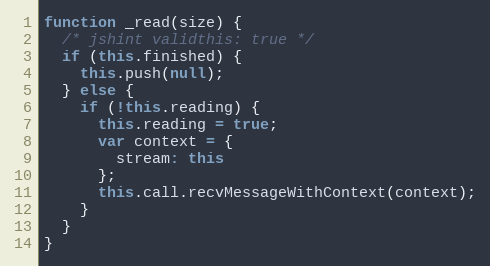
Language: JavaScript
function _read(size) {
  /* jshint validthis: true */
  if (this.finished) {
    this.push(null);
  } else {
    if (!this.reading) {
      this.reading = true;
      var context = {
        stream: this
      };
      this.call.recvMessageWithContext(context);
    }
  }
}